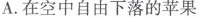
A.在空中自由下落的苹果